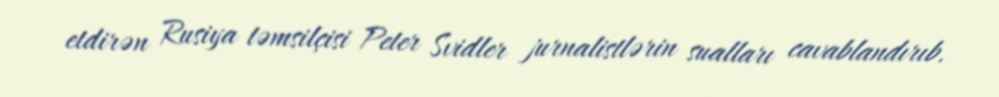
etdirən Rusiya təmsilçisi Peter Svidler jurnalistlərin sualları cavablandırıb.